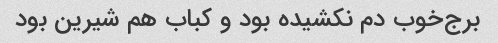
برج‌خوب دم نکشیده بود و کباب هم شیرین بود